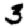
Digit: 3